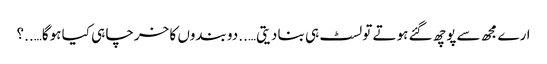
ارے مجھ سے پوچھ گئے ہوتے تو لسٹ ہی بنا دیتی…..دو بندوں کا خرچا ہی کیا ہوگا…..؟